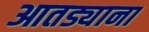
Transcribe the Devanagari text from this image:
आतड्याना